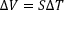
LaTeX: \Delta V = S \Delta T